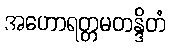
အဟောရတ္တမတန္ဒိတံ